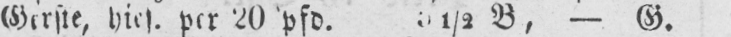
B, - G.